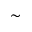
\sim